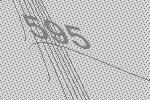
595